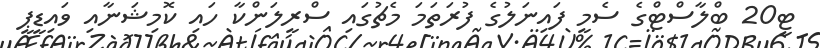
ޓީ20 ބްލާސްޓްގެ ސެމީ ފައިނަލުގެ ފުރަތަމަ މެޗުގައި ސްރީލަންކާ ހައި ކޮމިޝަނާއި ވައިޑީޕީ